Leaving Certificate Examination, 1911
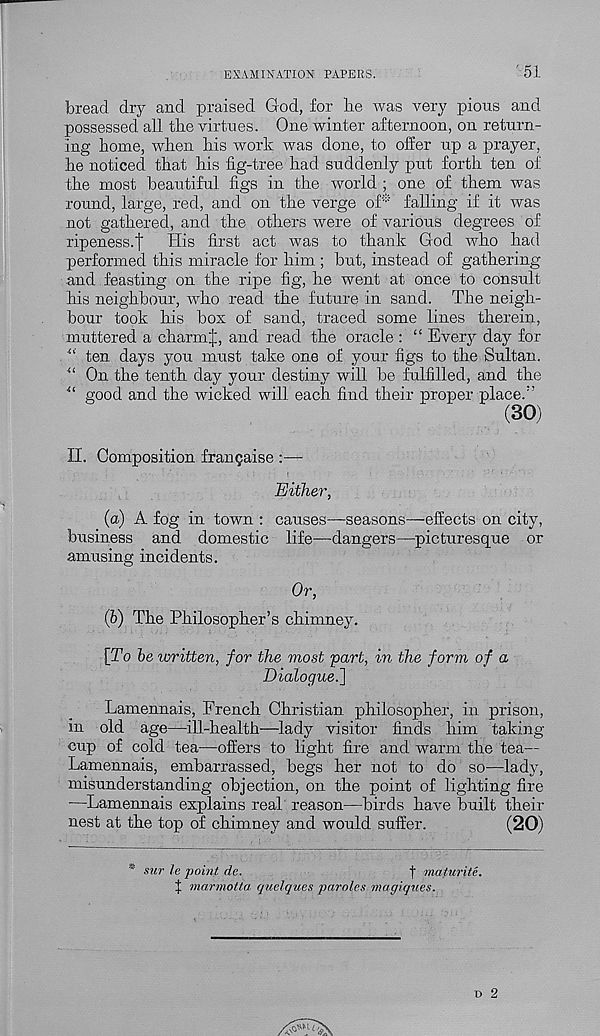
EXAMINATION PAPERS.
'51
bread dry and praised God, for be was very pious and
possessed all tbe virtues. One winter afternoon, on return-
ing home, when bis work was done, to offer up a prayer,
be noticed that bis fig-tree bad suddenly put forth ten of
the most beautiful figs in the world ; one of them was
round, large, red, and on tbe verge of* falling if it was
not gathered, and tbe others were of various degrees of
ripeness-t His first act was to thank God who had
performed this miracle for him ; but, instead of gathering
and feasting on tbe ripe fig, he went at once to consult
bis neighbour, who read the future in sand. The neigh-
bour took his box of sand, traced some lines therein,
muttered a charmJ, and read the oracle : “ Every day for
u ten days you must take one of your figs to the Sultan.
u On the tenth day your destiny will be fulfilled, and the
“ good and the wicked will each find their proper place/’
(30)
II. Composition frangaise :—
Either,
(a) A fog in town : causes—seasons—effects on city,
business and domestic life—dangers—picturesque or
amusing incidents.
Or,
(h) The Philosopher’s chimney.
[To be written, for the most part, in the form of a
Dialogue.^
Lamennais, French Christian philosopher, in prison,
in old age—ill-health—lady visitor finds him taking-
cup of cold tea—offers to light fire and warm the tea—
Lamennais, embarrassed, begs her not to do so—lady,
misunderstanding objection, on the point of lighting fire
—Lamennais explains real reason—birds have built their
nest at the top of chimney and would suffer.
(20)
* sur le point de.
f maturitc.
J marmotta quelques paroles magiques.